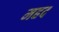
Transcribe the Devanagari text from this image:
महद